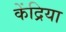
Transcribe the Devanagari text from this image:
केंद्रिया